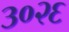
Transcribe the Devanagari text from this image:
३०२६